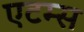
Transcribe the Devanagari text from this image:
एटम्स